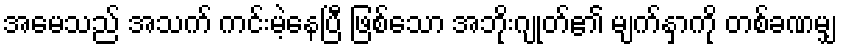
အမေသည် အသက် ကင်းမဲ့နေပြီ ဖြစ်သော အဘိုးဂျုတ်၏ မျက်နှာကို တစ်ခဏမျှ